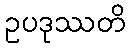
ဥပဒုဿတိ